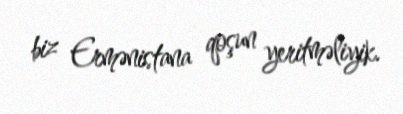
biz Ermənistana qoşun yeritməliyik.